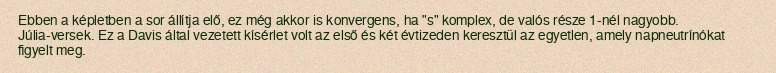
Ebben a képletben a sor állítja elő, ez még akkor is konvergens, ha "s" komplex, de valós része 1-nél nagyobb. Júlia-versek. Ez a Davis által vezetett kísérlet volt az első és két évtizeden keresztül az egyetlen, amely napneutrínókat figyelt meg.